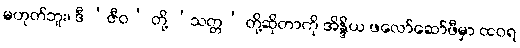
မဟုတ်ဘူး၊ ဒီ ‘ဇီဝ’ တို့ ‘သတ္တ’ တို့ဆိုတာကို အိန္ဒိယ ဖလော်ဆော်ဖီမှာ ထဝရ